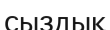
сыздық